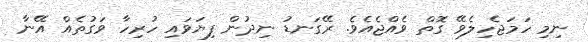
ނިމި ހަމަޖެހިލެވޭ ގޮތް ވެއްޖެއެވެ. ރޭގަނޑު ނިދުން ފިޔަވައި ހުރިހާ ވަގުތެއް އޭނާ